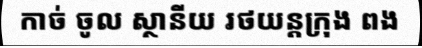
កាច់ ចូល ស្ថានីយ រថយន្តក្រុង ពង